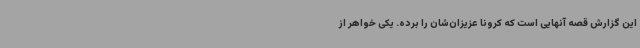
این گزارش قصه آنهایی است که کرونا عزیزان‌شان را برده. یکی خواهر از